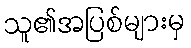
သူ၏အပြစ်များမှ